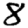
Digit: 8